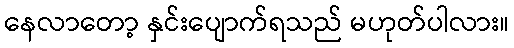
နေလာတော့ နှင်းပျောက်ရသည် မဟုတ်ပါလား။